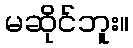
မဆိုင်ဘူး။